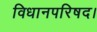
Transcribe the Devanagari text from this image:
विधानपरिषद।